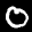
Label: 0